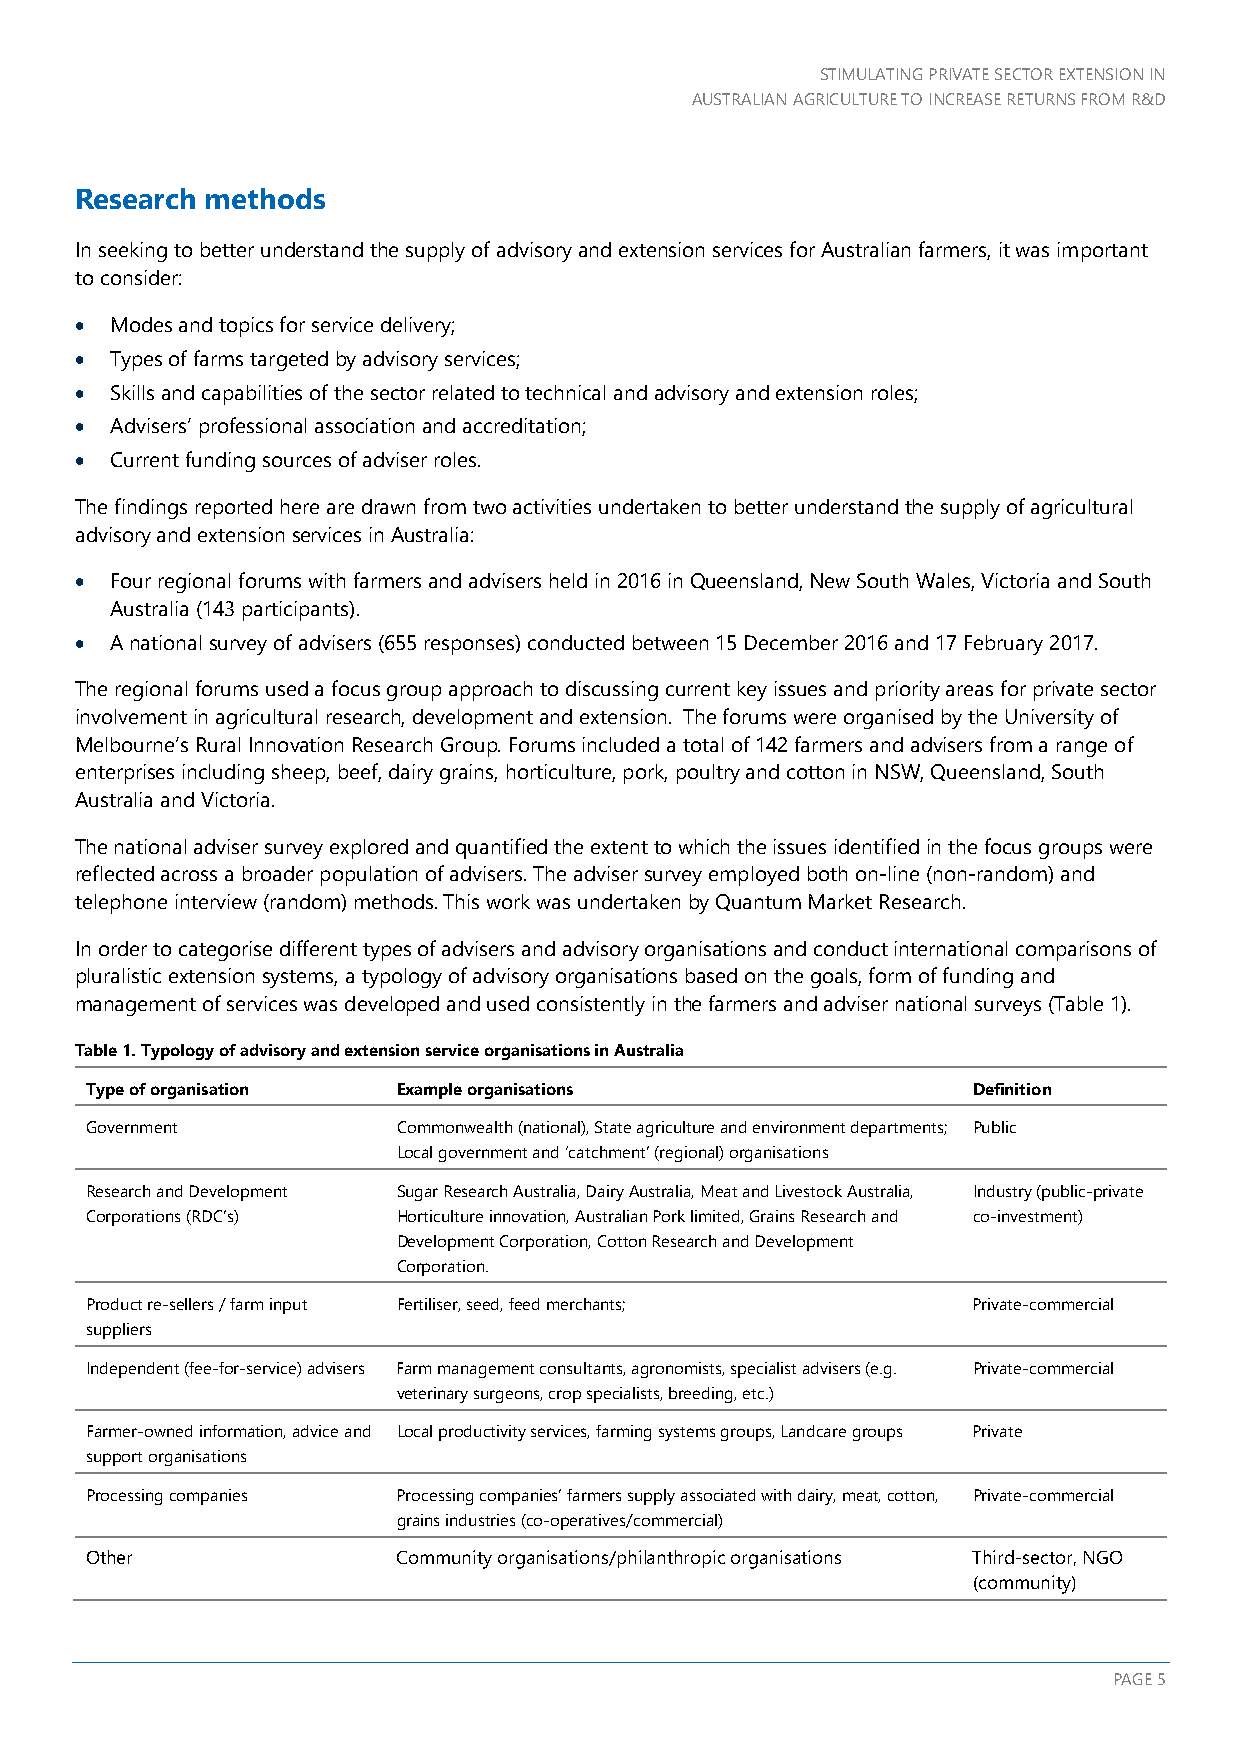
STIMULATING PRIVATE SECTOR EXTENSION IN
 AUSTRALIAN AGRICULTURE TO INCREASE RETURNS FROM R&D
 Research methods
 In seeking to better understand the supply of advisory and extension services for Australian farmers, it was important
 to consider:
  Modes and topics for service delivery;
  Types of farms targeted by advisory services;
  Skills and capabilities of the sector related to technical and advisory and extension roles;
  Advisers’ professional association and accreditation;
  Current funding sources of adviser roles.
 The findings reported here are drawn from two activities undertaken to better understand the supply of agricultural
 advisory and extension services in Australia:
  Four regional forums with farmers and advisers held in 2016 in Queensland, New South Wales, Victoria and South
 Australia (143 participants).
  A national survey of advisers (655 responses) conducted between 15 December 2016 and 17 February 2017.
 The regional forums used a focus group approach to discussing current key issues and priority areas for private sector
 involvement in agricultural research, development and extension. The forums were organised by the University of
 Melbourne’s Rural Innovation Research Group. Forums included a total of 142 farmers and advisers from a range of
 enterprises including sheep, beef, dairy grains, horticulture, pork, poultry and cotton in NSW, Queensland, South
 Australia and Victoria.
 The national adviser survey explored and quantified the extent to which the issues identified in the focus groups were
 reflected across a broader population of advisers. The adviser survey employed both on-line (non-random) and
 telephone interview (random) methods. This work was undertaken by Quantum Market Research.
 In order to categorise different types of advisers and advisory organisations and conduct international comparisons of
 pluralistic extension systems, a typology of advisory organisations based on the goals, form of funding and
 management of services was developed and used consistently in the farmers and adviser national surveys (Table 1).
 Table 1. Typology of advisory and extension service organisations in Australia
 Type of organisation Example organisations                Definition
 Government          Commonwealth (national), State agriculture and environment departments; Public
 Local government and ‘catchment’ (regional) organisations
 Research and Development Sugar Research Australia, Dairy Australia, Meat and Livestock Australia, Industry (public-private
 Corporations (RDC’s) Horticulture innovation, Australian Pork limited, Grains Research and co-investment)
 Development Corporation, Cotton Research and Development
 Corporation.
 Product re-sellers / farm input Fertiliser, seed, feed merchants; Private-commercial
 suppliers
 Independent (fee-for-service) advisers Farm management consultants, agronomists, specialist advisers (e.g. Private-commercial
 veterinary surgeons, crop specialists, breeding, etc.)
 Farmer-owned information, advice and Local productivity services, farming systems groups, Landcare groups Private
 support organisations
 Processing companies Processing companies’ farmers supply associated with dairy, meat, cotton, Private-commercial
 grains industries (co-operatives/commercial)
 Other               Community organisations/philanthropic organisations Third-sector, NGO
 (community)
 PAGE 5